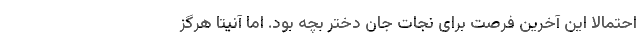
احتمالا این آخرین فرصت برای نجات جان دختر بچه بود. اما آنیتا هرگز